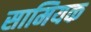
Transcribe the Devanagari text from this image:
सामियक